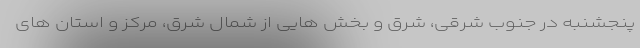
پنجشنبه در جنوب شرقی، شرق و بخش هایی از شمال شرق، مرکز و استان های